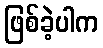
ဖြစ်ခဲ့ပါက